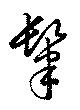
肆